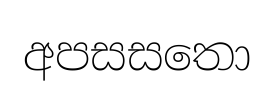
අපසසතො